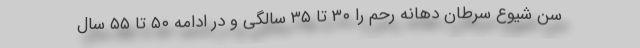
سن شیوع سرطان دهانه رحم را ۳۰ تا ۳۵ سالگی و در ادامه ۵۰ تا ۵۵ سال